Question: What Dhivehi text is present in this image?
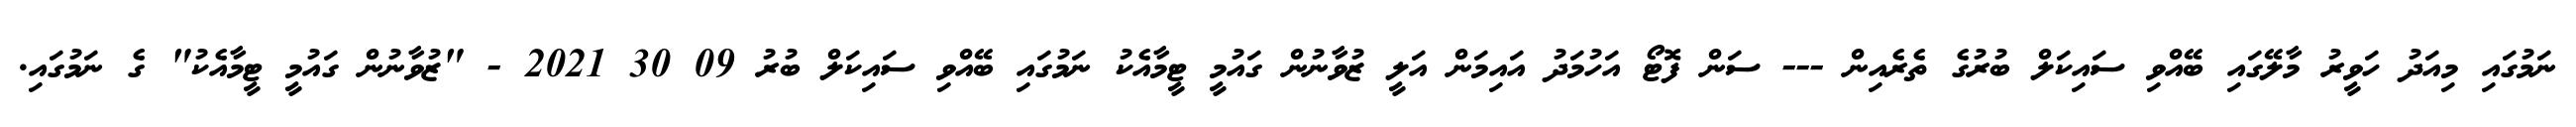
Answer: ނަމުގައި މިއަދު ހަވީރު މާލޭގައި ބޭއްވި ސައިކަލް ބުރުގެ ތެރެއިން --- ސަން ފޮޓޯ އަހުމަދު އައިމަން އަލީ ޒުވާނުން ގައުމީ ޓީމާއެކު ނަމުގައި ބޭއްވި ސައިކަލް ބުރު 09 30 2021 - "ޒުވާނުން ގައުމީ ޓީމާއެކު" ގެ ނަމުގައި.